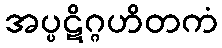
အပ္ပဋိဂ္ဂဟိတကံ